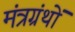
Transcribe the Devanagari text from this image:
मंत्रग्रंथों